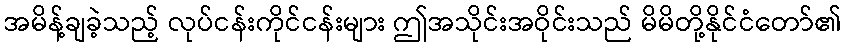
အမိန့်ချခဲ့သည့် လုပ်ငန်းကိုင်ငန်းများ ဤအသိုင်းအဝိုင်းသည် မိမိတို့နိုင်ငံတော်၏